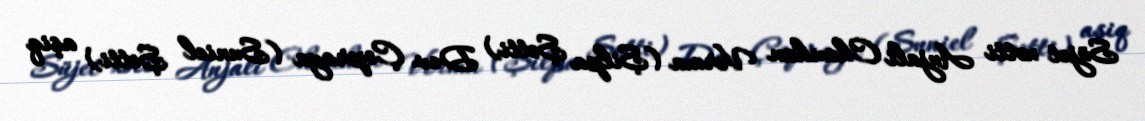
Süjet xətti Anjali Chauhan Verma (Şilpa Şetti) Dev Çopraya (Suniel Şetti) aşiq